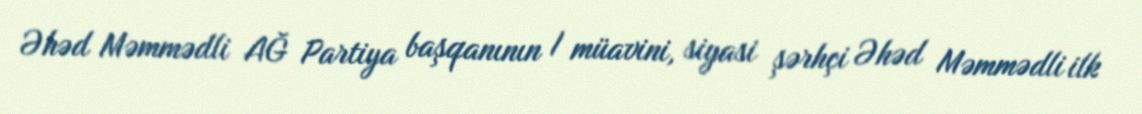
Əhəd Məmmədli AĞ Partiya başqanının I müavini, siyasi şərhçi Əhəd Məmmədli ilk